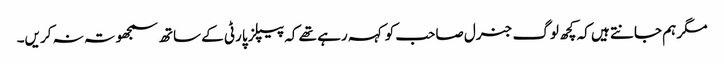
مگر ہم جانتے ہیں کہ کچھ لوگ جنرل صاحب کو کہہ رہے تھے کہ پیپلز پارٹی کے ساتھ سمجھوتہ نہ کریں۔